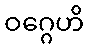
ဝဂ္ဂေဟိ